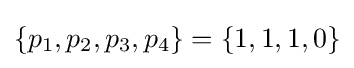
\lbrace p_{1},p_{2},p_{3},p_{4}\rbrace =\lbrace 1,1,1,0\rbrace